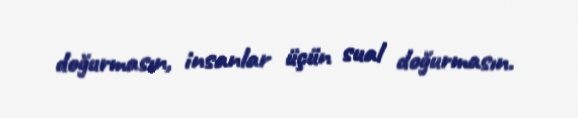
doğurmasın, insanlar üçün sual doğurmasın.